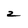
Character: 2